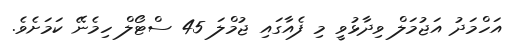
އަހްމަދު އަޖުމަލް ވިދާޅުވީ މި ފެއާގައި ޖުމްލަ 45 ސްޓޯލް ހިމެނޭ ކަމަށެވެ.